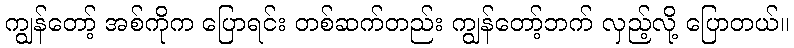
ကျွန်တော့် အစ်ကိုက ပြောရင်း တစ်ဆက်တည်း ကျွန်တော့်ဘက် လှည့်လို့ ပြောတယ်။